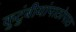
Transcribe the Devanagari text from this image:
कुटुंबीयांपाठोपाठ